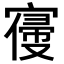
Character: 𡪢